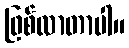
ဖြစ်လာတာပါ။